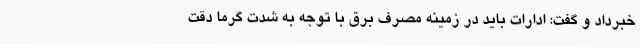
خبرداد و گفت: ادارات باید در زمینه مصرف برق با توجه به شدت گرما دقت